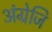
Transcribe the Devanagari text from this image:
अंग्रेजि